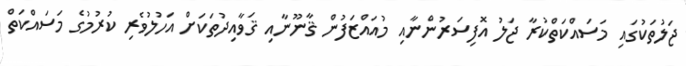
ޖަލުތަކުގައި މަސައްކަތްކުރާ ޖަލު އޮފިސަރުންނާއި މުއައްޒަފުން ޤާނޫނާއި ޤަވާއިދުތަކަށް އަހުލުވެރި ކުރުމުގެ މަސައްކަތް